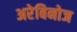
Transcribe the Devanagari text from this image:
अरेबिनोज